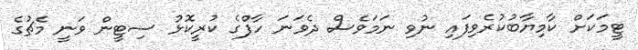
ޓީމަކަށް ކާމިޔާބުކުރެވިފައި ނުވި ނަމަވެސް ދެވަނަ ހާފްގެ ކުރީކޮޅު ސިޓީން ވަނީ މެޗުގެ